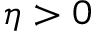
\eta > 0